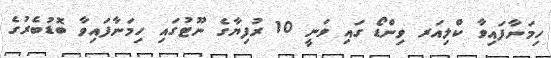
ހިމަނާފައިވާ ކްލިއަރ ވިންޑޯ ގައި ވަނީ 10 ރުފިޔާގެ ނޫޓުގައި ހިމަނާފައިވާ ބޮޑުބެރުގެ